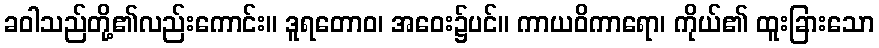
ခဝါသည်တို့၏လည်းကောင်း။ ဒူရတောဝ၊ အဝေး၌ပင်။ ကာယဝိကာရော၊ ကိုယ်၏ ထူးခြားသော